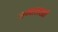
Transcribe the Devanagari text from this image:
जमालखाँ